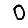
Digit: 0